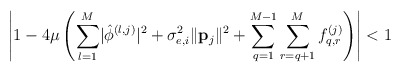
\begin{align*} \left\lvert1-4\mu\left(\sum_{l=1}^{M}\lvert\hat{\phi}^{\left(l,j\right)}\rvert^2+\sigma_{e,i}^2\lVert\mathbf{p}_j\rVert^2+\sum_{q=1}^{M-1}\sum_{r=q+1}^{M}f_{q,r}^{\left(j\right)}\right)\right\rvert<1\end{align*}